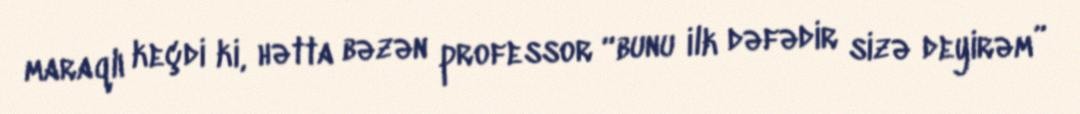
maraqlı keçdi ki, hətta bəzən professor “bunu ilk dəfədir sizə deyirəm”